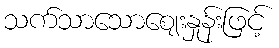
သက်သာသောဈေးနှုန်းဖြင့်